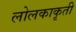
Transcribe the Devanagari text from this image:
लोलकाकृती